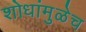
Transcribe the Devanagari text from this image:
शोधांमुळेच